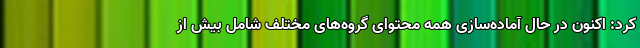
کرد: اکنون در حال آماده‌سازی همه محتوای گروه‌های مختلف شامل بیش از